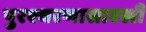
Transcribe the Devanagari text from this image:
पुरश्चरणासारखी